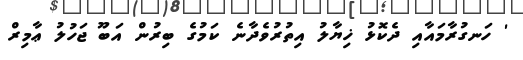
' ހަނގުރާމައާއި ދެކޮޅު ޚިޔާލު އިތުރުވެދާނެ ކަމުގެ ބިރުން އަބޫ ޖަހުލު ޢާމިރް